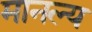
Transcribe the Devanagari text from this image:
मानल्य